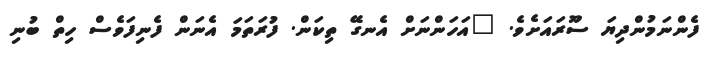
ފެންނަމުންދިޔަ ސޫރައަށެވެ. "އަހަންނަށް އެނގޭ ތިކަން. ފުރަތަމަ އެނަން ފެނިފަވެސް ހިތް ބުނި